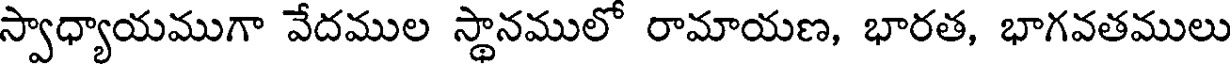
స్వాధ్యాయముగా వేదముల స్థానములో రామాయణ, భారత, భాగవతములు